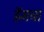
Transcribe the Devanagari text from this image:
डॅमचा